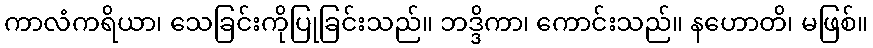
ကာလံကရိယာ၊ သေခြင်းကိုပြုခြင်းသည်။ ဘဒ္ဒိကာ၊ ကောင်းသည်။ နဟောတိ၊ မဖြစ်။